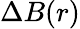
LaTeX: \Delta B(r)